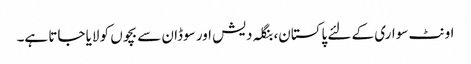
اونٹ سواری کے لئے پاکستان، بنگلہ دیش اور سوڈان سے بچوں کو لایا جاتا ہے۔